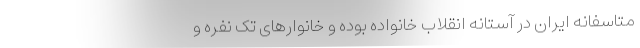
متاسفانه ایران در آستانه انقلاب خانواده بوده و خانوارهای تک نفره و